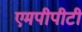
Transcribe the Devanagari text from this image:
एमपीपीटी